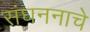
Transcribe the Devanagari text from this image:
संघननाचे